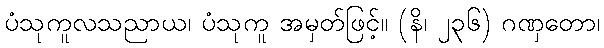
ပံသုကူလသညာယ၊ ပံသုကူ အမှတ်ဖြင့်။ (နိ၊ ၂၃၆) ဂဏှတော၊